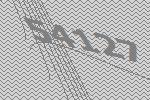
54127